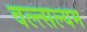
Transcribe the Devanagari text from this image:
वल्त्सल्यम